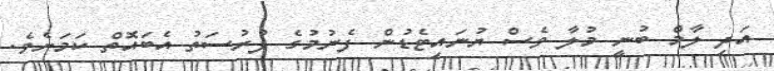
އަދި ލާމް ބުނީ މުލާ ވެސް ޔުނައިޓެޑުން ފެނުމުގެ ފުރުސަތު އެބައޮތް ކަމަށެވެ.